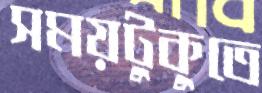
সময়টুকুতে